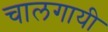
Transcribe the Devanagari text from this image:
चालगायी